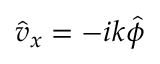
\hat { v } _ { x } = - i k \hat { \phi }